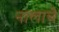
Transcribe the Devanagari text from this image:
नालाचे